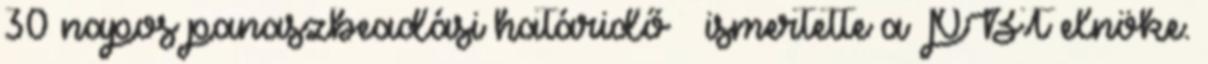
30 napos panaszbeadási határidő – ismertette a PBT elnöke.